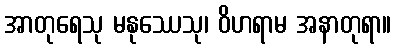
အာတုရေသု မနုဿေသု၊ ဝိဟရာမ အနာတုရာ။